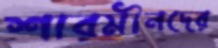
শারমীনদের